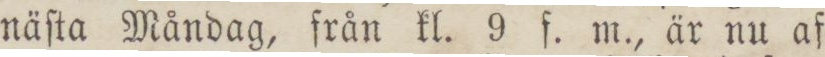
näſta Måndag, från kl. 9 f. m., är nu af